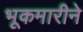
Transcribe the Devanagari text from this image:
भूकमारीने